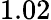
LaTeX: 1.02